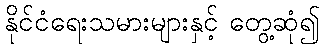
နိုင်ငံရေးသမားများနှင့် တွေ့ဆုံ၍